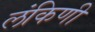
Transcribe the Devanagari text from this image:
लंकिणी